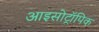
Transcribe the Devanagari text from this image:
आइसोट्रॉपिक